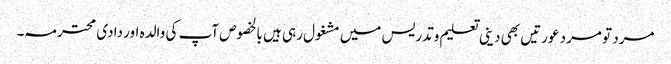
مرد تو مرد عورتیں بھی دینی تعلیم وتدریس میں مشغول رہی ہیں بالخصوص آپ کی والدہ اور دادی محترمہ۔